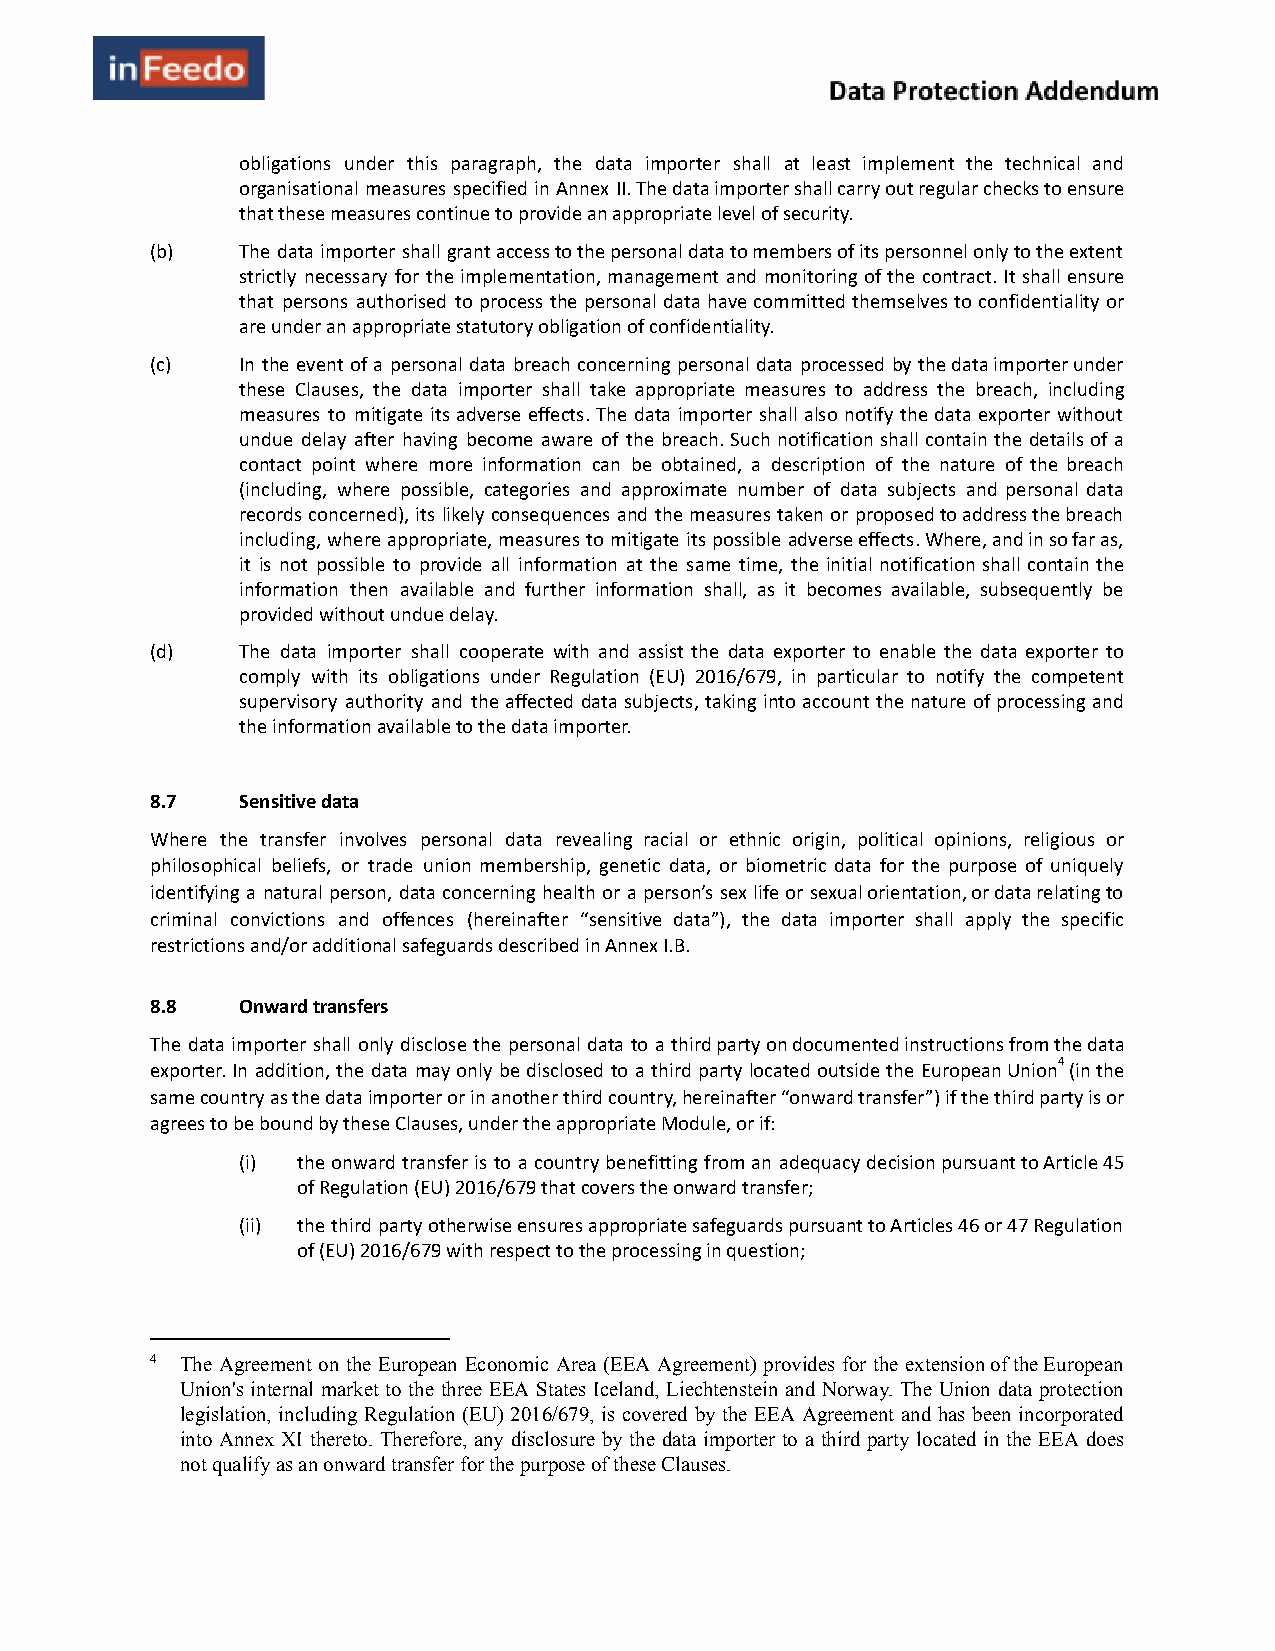
obligations under this paragraph, the data importer shall at least implement the technical and
 organisational measures specified in Annex II. The data importer shall carry out regular checks to ensure
 that these measures continue to provide an appropriate level of security.
 (b)   The data importer shall grant access to the personal data to members of its personnel only to the extent
 strictly necessary for the implementation, management and monitoring of the contract. It shall ensure
 that persons authorised to process the personal data have committed themselves to confidentiality or
 are under an appropriate statutory obligation of confidentiality.
 (c)   In the event of a personal data breach concerning personal data processed by the data importer under
 these Clauses, the data importer shall take appropriate measures to address the breach, including
 measures to mitigate its adverse effects. The data importer shall also notify the data exporter without
 undue delay after having become aware of the breach. Such notification shall contain the details of a
 contact point where more information can be obtained, a description of the nature of the breach
 (including, where possible, categories and approximate number of data subjects and personal data
 records concerned), its likely consequences and the measures taken or proposed to address the breach
 including, where appropriate, measures to mitigate its possible adverse effects. Where, and in so far as,
 it is not possible to provide all information at the same time, the initial notification shall contain the
 information then available and further information shall, as it becomes available, subsequently be
 provided without undue delay.
 (d)   The data importer shall cooperate with and assist the data exporter to enable the data exporter to
 comply with its obligations under Regulation (EU) 2016/679, in particular to notify the competent
 supervisory authority and the affected data subjects, taking into account the nature of processing and
 the information available to the data importer.
 8.7   Sensitive data
 Where the transfer involves personal data revealing racial or ethnic origin, political opinions, religious or
 philosophical beliefs, or trade union membership, genetic data, or biometric data for the purpose of uniquely
 identifying a natural person, data concerning health or a person’s sex life or sexual orientation, or data relating to
 criminal convictions and offences (hereinafter “sensitive data”), the data importer shall apply the specific
 restrictions and/or additional safeguards described in Annex I.B.
 8.8   Onward transfers
 The data importer shall only disclose the personal data to a third party on documented instructions from the data
 4
 exporter. In addition, the data may only be disclosed to a third party located outside the European Union (in the
 same country as the data importer or in another third country, hereinafter “onward transfer”) if the third party is or
 agrees to be bound by these Clauses, under the appropriate Module, or if:
 (i) the onward transfer is to a country benefitting from an adequacy decision pursuant to Article 45
 of Regulation (EU) 2016/679 that covers the onward transfer;
 (ii) the third party otherwise ensures appropriate safeguards pursuant to Articles 46 or 47 Regulation
 of (EU) 2016/679 with respect to the processing in question;
 4 The Agreement on the European Economic Area (EEA Agreement) provides for the extension of the European
 Union's internal market to the three EEA States Iceland, Liechtenstein and Norway. The Union data protection
 legislation, including Regulation (EU) 2016/679, is covered by the EEA Agreement and has been incorporated
 into Annex XI thereto. Therefore, any disclosure by the data importer to a third party located in the EEA does
 not qualify as an onward transfer for the purpose of these Clauses.